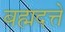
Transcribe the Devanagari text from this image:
बह्मदत्ते